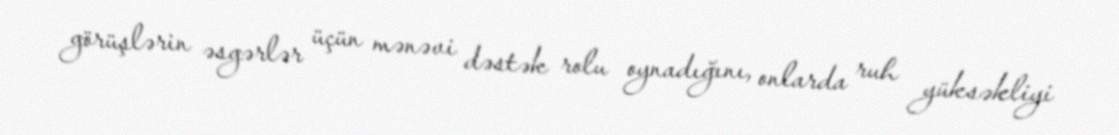
görüşlərin əsgərlər üçün mənəvi dəstək rolu oynadığını, onlarda ruh yüksəkliyi